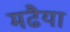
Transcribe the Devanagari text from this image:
मढैया